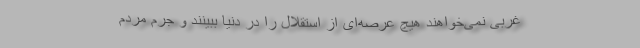
غربی نمی‌خواهند هیچ عرصه‌ای از استقلال را در دنیا ببینند و جرم مردم